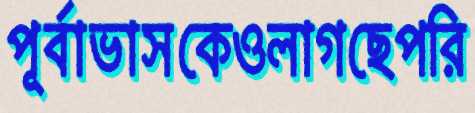
পূর্বাভাসকেওলাগছেপরি